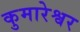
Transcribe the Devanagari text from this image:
कुमारेश्वर